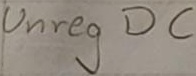
Text: Unreg DC